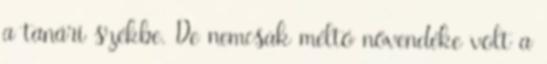
a tanári székbe. De nemcsak méltó növendéke volt a